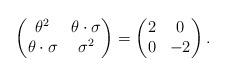
LaTeX: \begin{align*}\begin{pmatrix}\theta^2 & \theta\cdot\sigma \\\theta\cdot\sigma & \sigma^2\end{pmatrix}=\begin{pmatrix}2 & 0 \\0 & -2\end{pmatrix}.\end{align*}